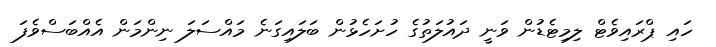
ހައި ޕްރައިވެޓް ލިމިޓެޑުން ވަނީ ދައުލަތުގެ ހުށަހެޅުން ބަލައިގަނެ މައްސަލަ ނިންމަން އެއްބަސްވެފަ